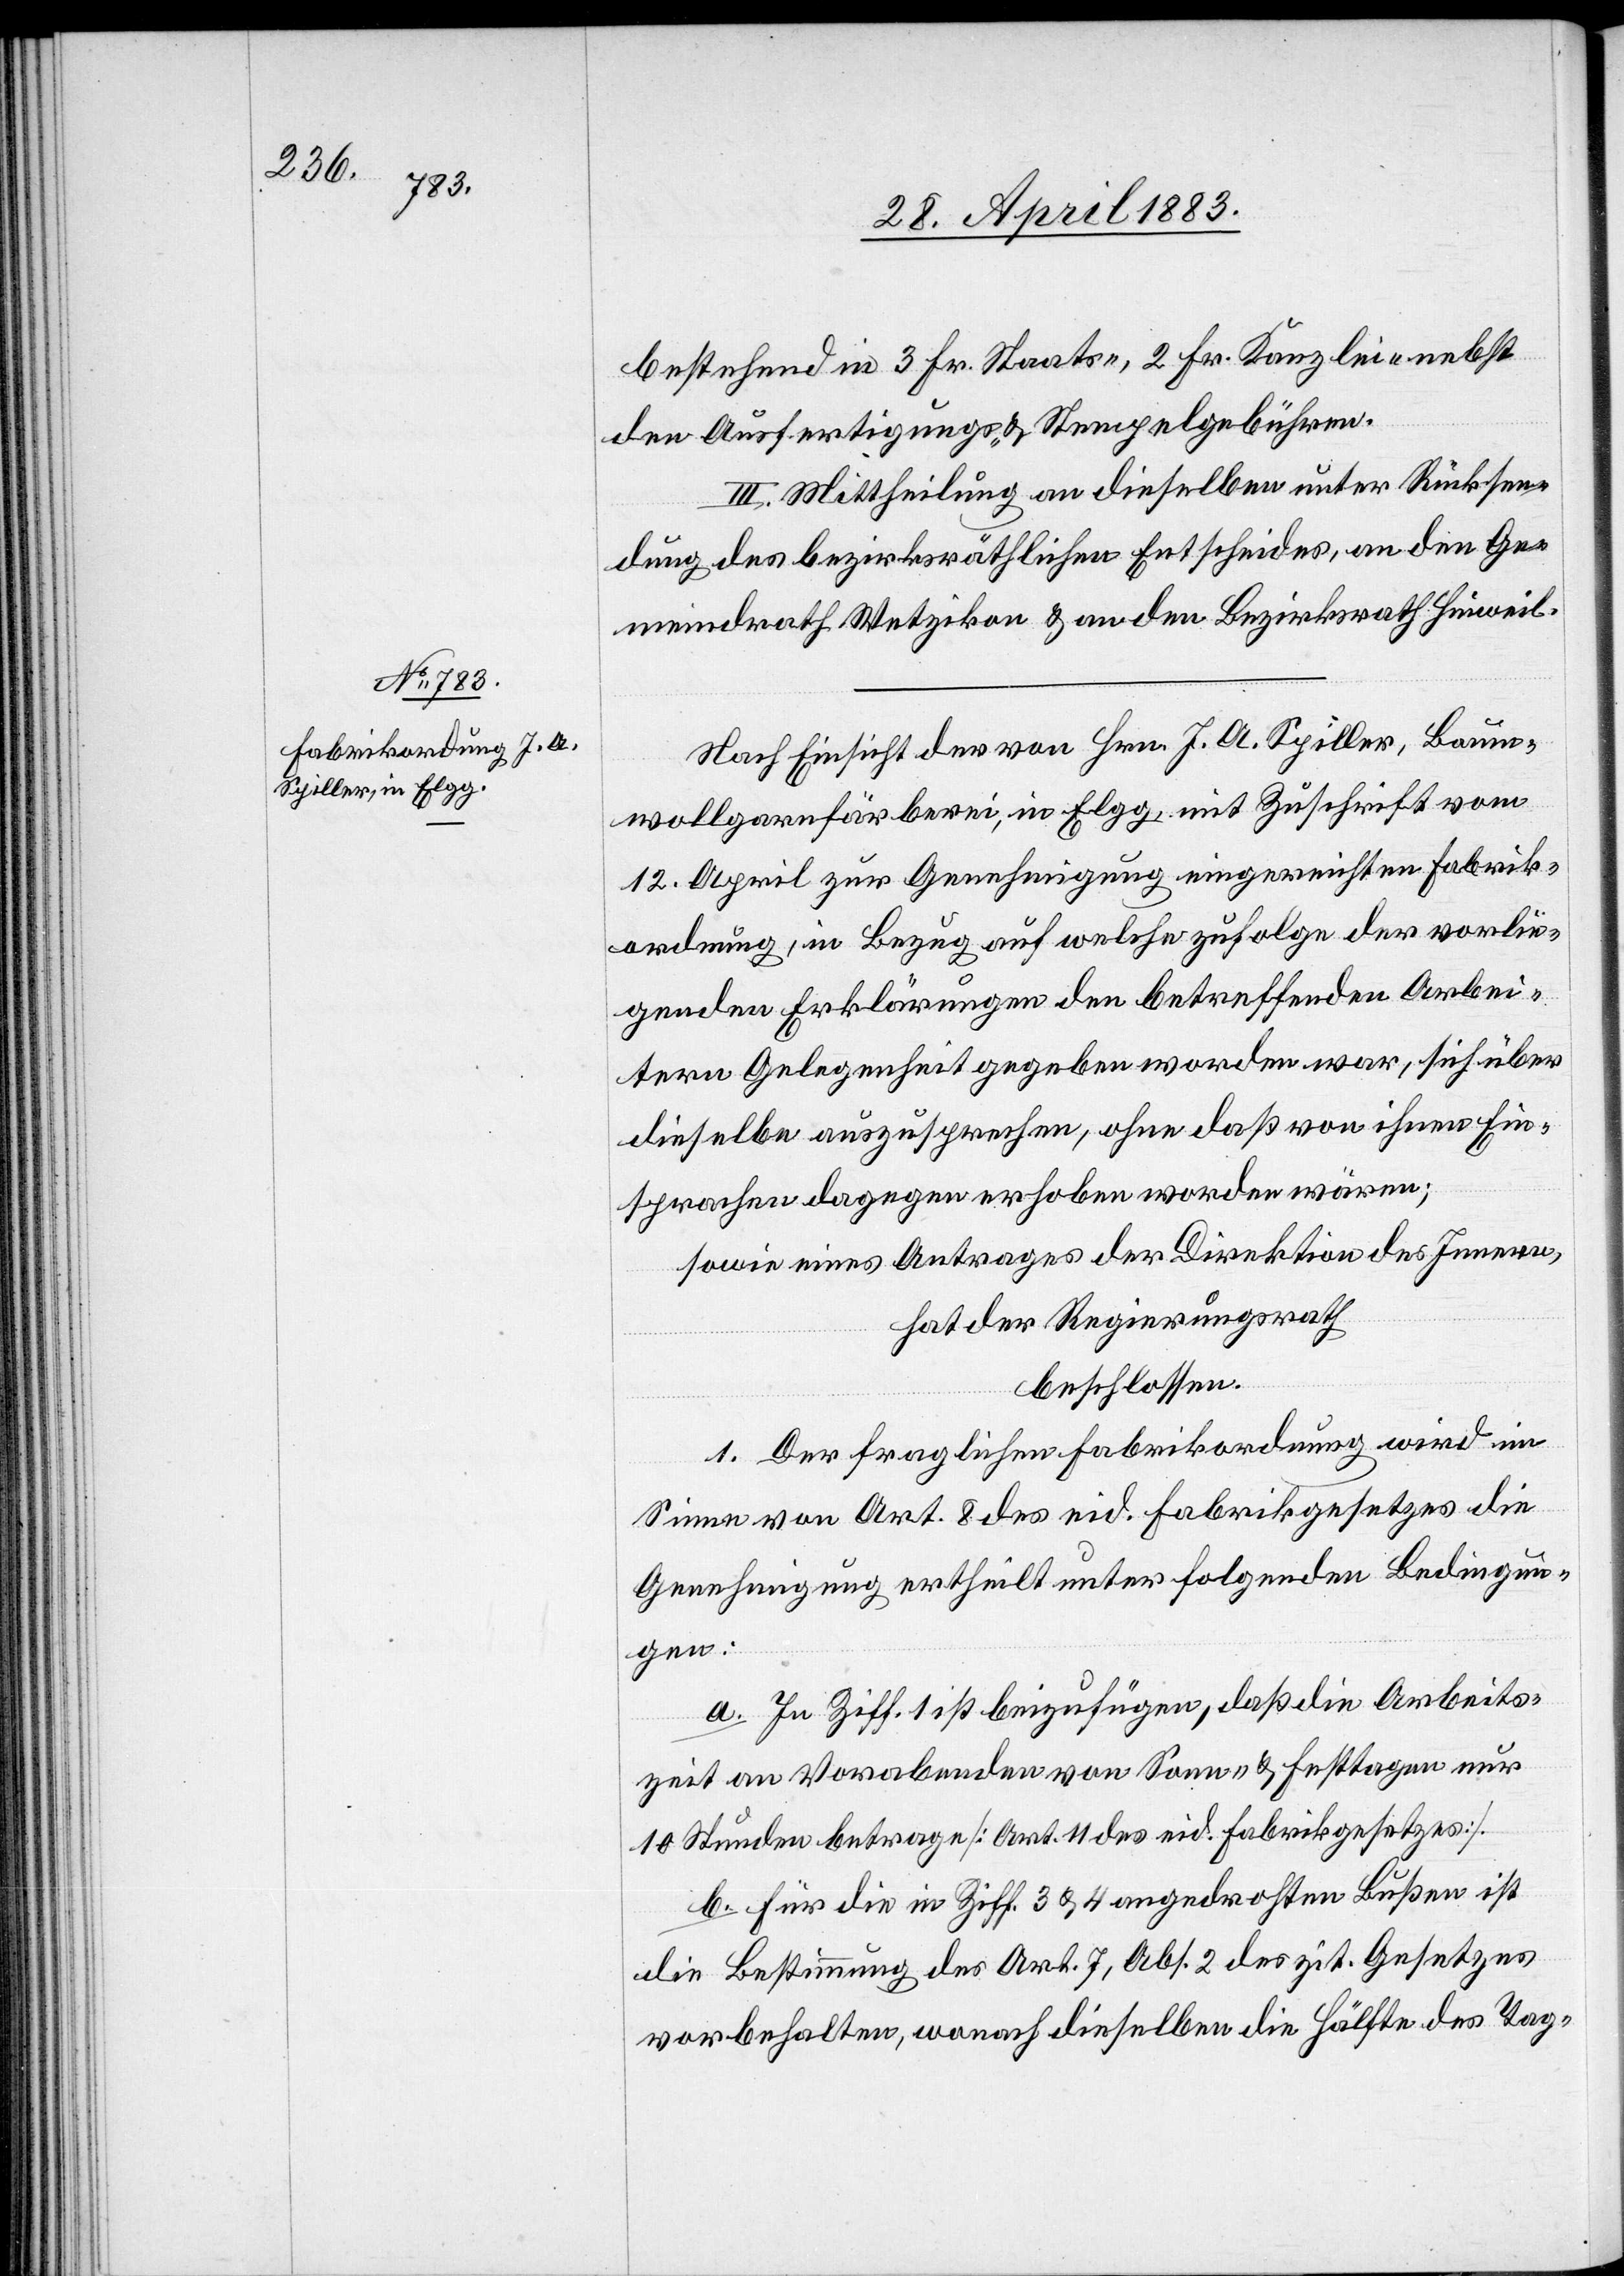
bestehend in 3 Fr. Staats-, 2 Fr. Kanzlei- nebst
den Ausfertigungs- und Stempelgebühren.
III. Mittheilung an dieselben unter Rücksen¬
dung des bezirksräthlichen Entscheides, an den Ge¬
meindrath Wetzikon & an den Bezirksrath Hinweil.
Nach Einsicht der von Hrn. J. A. Spiller, Baum¬
wollgarnfärberei, in Elgg, mit Zuschrift vom
12. April zur Genehmigung eingereichten Fabrik¬
ordnung, in Bezug auf welche zufolge der vorlie¬
genden Erklärungen den betreffenden Arbei¬
tern Gelegenheit gegeben worden war, sich über
dieselbe auszusprechen, ohne daß von ihnen Ein¬
sprachen dagegen erhoben worden wären;
sowie eines Antrages der Direktion des Innern,
hat der Regierungsrath
beschlossen:
1. Der fraglichen Fabrikordnung wird im
Sinne von Art. 8 des eid. Fabrikgesetzes die
Genehmigung ertheilt unter folgenden Bedingun¬
gen:
a. In Ziff. 1 ist beizufügen, daß die Arbeits¬
zeit an Vorabenden von Sonn- & Festtagen nur
10 Stunden betrage [Art. 11 des eid. Fabrikgesetzes].
b. für die in Ziff. 3 & 4 angedrohten Bußen ist
die Bestimmung des Art. 7, Abs. 2 des zit. Gesetzes
vorbehalten, wonach dieselben die Hälfte des Tag-